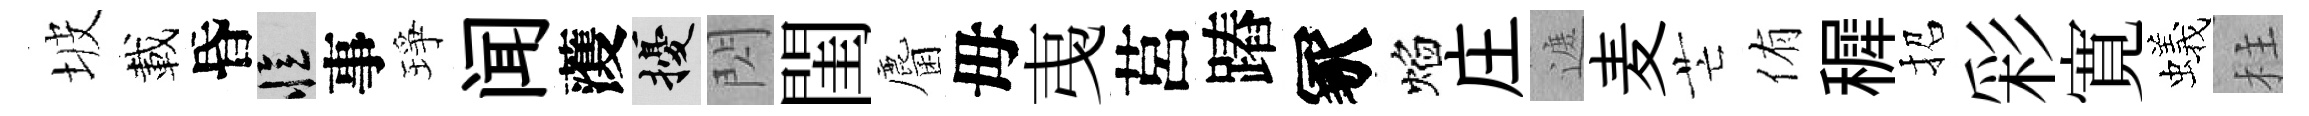
坡載昏忆事琤闻𮑮擾閃閨麕母𢎯莒蹖冢焰庄遮麦芒侑穉招彩寛蟻柱